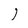
Character: 1